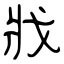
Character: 戕